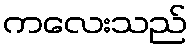
ကလေးသည်